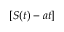
[ S ( t ) - a t ]